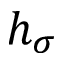
h _ { \sigma }